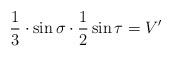
LaTeX: \begin{align*}\frac{1}{3} \cdot \sin \sigma \cdot \frac{1}{2}\sin \tau = V'\end{align*}